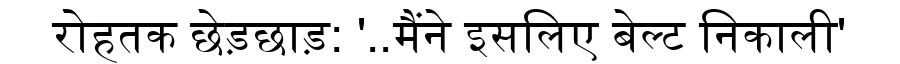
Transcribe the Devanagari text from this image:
रोहतक छेड़छाड़: '..मैंने इसलिए बेल्ट निकाली'